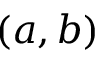
( a , b )